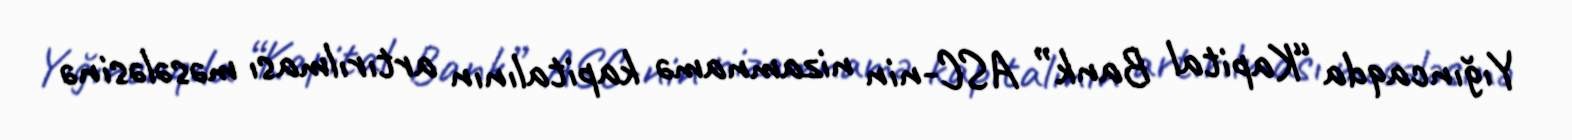
Yığıncaqda “Kapital Bank” ASC-nin nizamnamə kapitalının artırılması məsələsinə